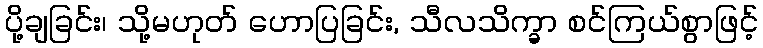
ပို့ချခြင်း၊ သို့မဟုတ် ဟောပြခြင်း, သီလသိက္ခာ စင်ကြယ်စွာဖြင့်